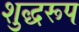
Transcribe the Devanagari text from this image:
शुद्धरूप